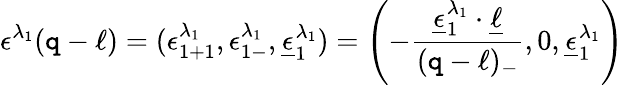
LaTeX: \epsilon^{\lambda_{1}}(\mathtt{q}-\ell)=(\epsilon_{1+1}^{\lambda_{1}},\epsilon_{1-}^{\lambda_{1}},\underline{{{{\epsilon}}}}_{1}^{\lambda_{1}})=\left(-{\frac{{\underline{{{{\epsilon}}}}_{1}^{\lambda_{1}}\cdot\underline{{{{\ell}}}}}}{{(\mathtt{q}-\ell)_{-}}}},0,\underline{{{{\epsilon}}}}_{1}^{\lambda_{1}}\right)